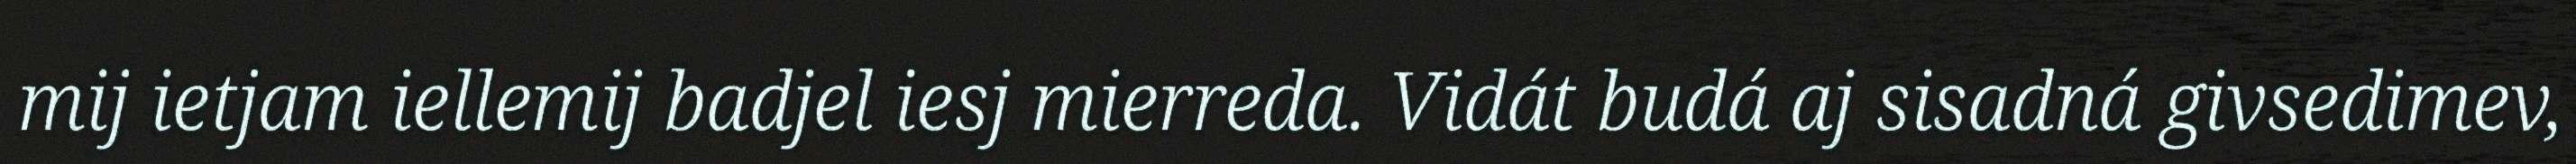
mij ietjam iellemij badjel iesj mierreda. Vidát budá aj sisadná givsedimev,